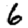
Digit: 6